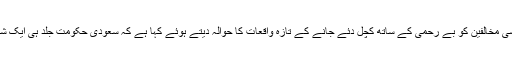
ایمنسٹی انٹرنیشنل نے اپنے ایک بیان میں سعودی عرب میں سیاسی مخالفین کو بے رحمی کے ساتھ کچل دئے جانے کے تازہ واقعات کا حوالہ دیتے ہوئے کہا ہے کہ سعودی حکومت جلد ہی ایک شیعہ نوجوان کو جبری اعتراف کی بنیاد پر پھانسی دینے والی ہے۔